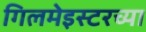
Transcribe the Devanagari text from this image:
गिलमेइस्टरच्या